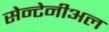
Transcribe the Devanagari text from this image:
सेन्टेनीअल